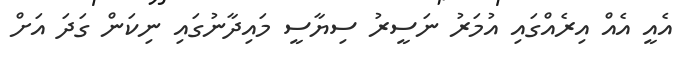
އެއީ އެއް އިރެއްގައި އުމަރު ނަސީރު ސިޔާސީ މައިދާނުގައި ނިކަން ގަދަ އަށް